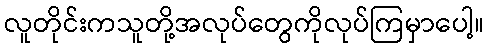
လူတိုင်းကသူတို့အလုပ်တွေကိုလုပ်ကြမှာပေါ့။